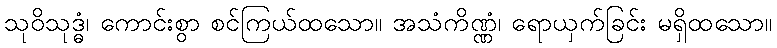
သုဝိသုဒ္ဓံ၊ ကောင်းစွာ စင်ကြယ်ထသော။ အသံကိဏ္ဏံ၊ ရောယှက်ခြင်း မရှိထသော။